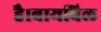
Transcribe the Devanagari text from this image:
है।बायबिल